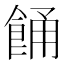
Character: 𩛤